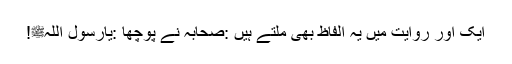
ایک اور روایت میں یہ الفاظ بھی ملتے ہیں :صحابہ نے پوچھا :یارسول اللہﷺ!